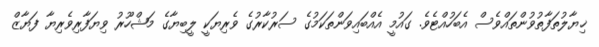
ޚިޔާލުތަފާތުވުންތައްވެސް އެބަހުއްޓެވެ. ގައުމީ އެއްބައިވަންތަކަމުގެ ސަރުކާރުގެ ވެރިޔަކީ ލީބިޔާގެ މަޝްހޫރު ވިޔަފާރިވެރިޔާ ފަޔާޒް